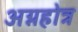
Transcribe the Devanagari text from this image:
अग्नहोत्र